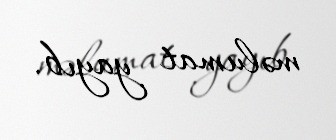
məlumat yayıb.